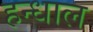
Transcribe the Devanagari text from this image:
हन्धाल